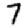
Digit: 7